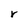
Character: r